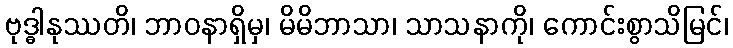
ဗုဒ္ဓါနုဿတိ၊ ဘာဝနာရှိမှ၊ မိမိဘာသာ၊ သာသနာကို၊ ကောင်းစွာသိမြင်၊